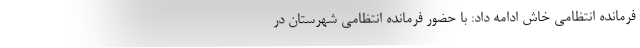
فرمانده انتظامی خاش ادامه داد: با حضور فرمانده انتظامی شهرستان در